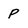
Character: p